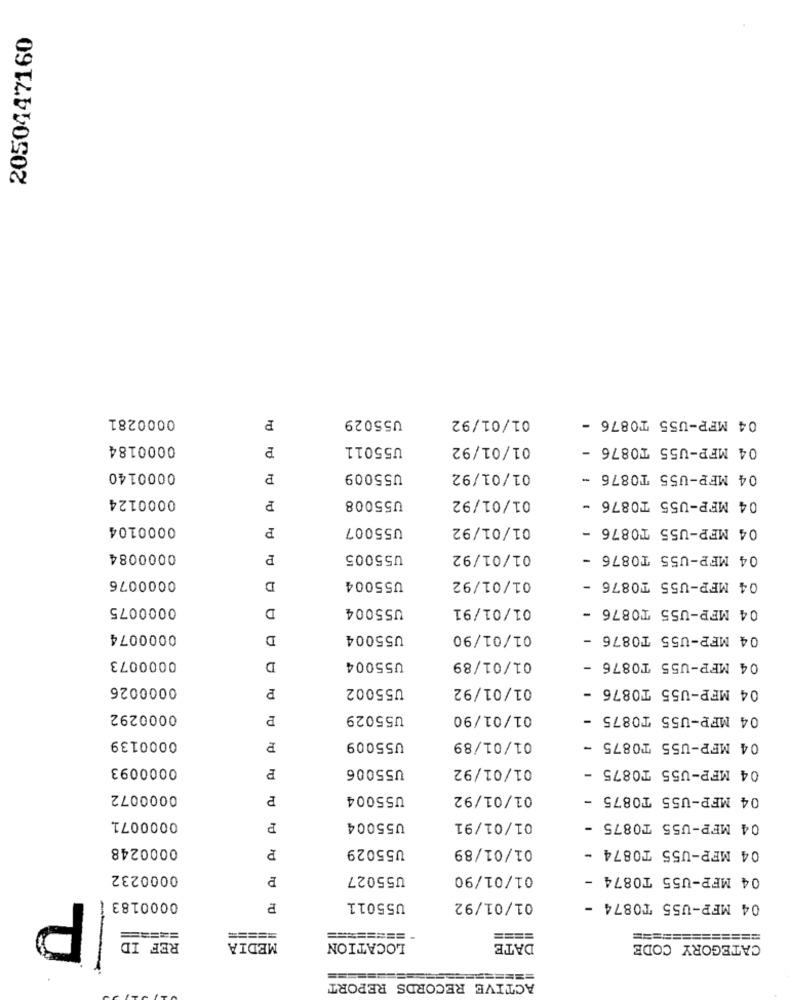
2050447160
0000281
P
U55029
01/01/92
04 MFP-U55 TO876 -
0000184
P
U55011
01/01/92
04 MFP-U55 T0876 -
0000140
P
U55009
01/01/92
04 MFP-U55 TO876 -
0000124
U55008
01/01/92
04 MFP-U55 TO876 -
P
0000104
P
U55007
01/01/92
04 MFP-U55 T0876 -
0000084
P
U55005
01/01/92
04 MFP-U55 T0876 -
0000076
01/01/92
D
U55004
04 MFP-U55 T0876 -
0000075
D
U55004
01/01/91
04 MFP-U55 TO876 -
0000074
D
U55004
01/01/90
04 MFP-U55 T0876 -
0000073
D
U55004
01/01/89
04 MFP-U55 T0876 -
0000026
U55002
01/01/92
04 MFP-U55 T0876 -
0000292
U55029
01/01/90
04 MFP-U55 T0875 -
0000139
U55009
01/01/89
04 MFP-U55 TO875 -
0000093
P
U55006
01/01/92
04 MFP-U55 T0875 -
0000072
P
U55004
01/01/92
04 MFP-U55 T0875 -
0000071
P
U55004
01/01/91
04 MFP-U55 T0875 -
0000248
U55029
01/01/89
04 MFP-U55 T0874 -
0000232
U55027
01/01/90
04 MFP-U55 TO874 -
P
0000183
P
U55011
01/01/92
04 MFP-U55 TO874 -
=====
=====
=====
====
=============
REF ID
MEDIA
LOCATION
DATE
CATEGORY CODE
ACTIVE RECORDS REPORT